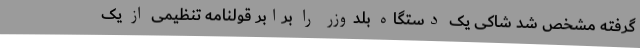
گرفته مشخص شد شاکی یک دستگاه بلدوزر را برابر قولنامه تنظیمی از یک